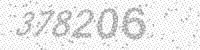
Solution: 378206